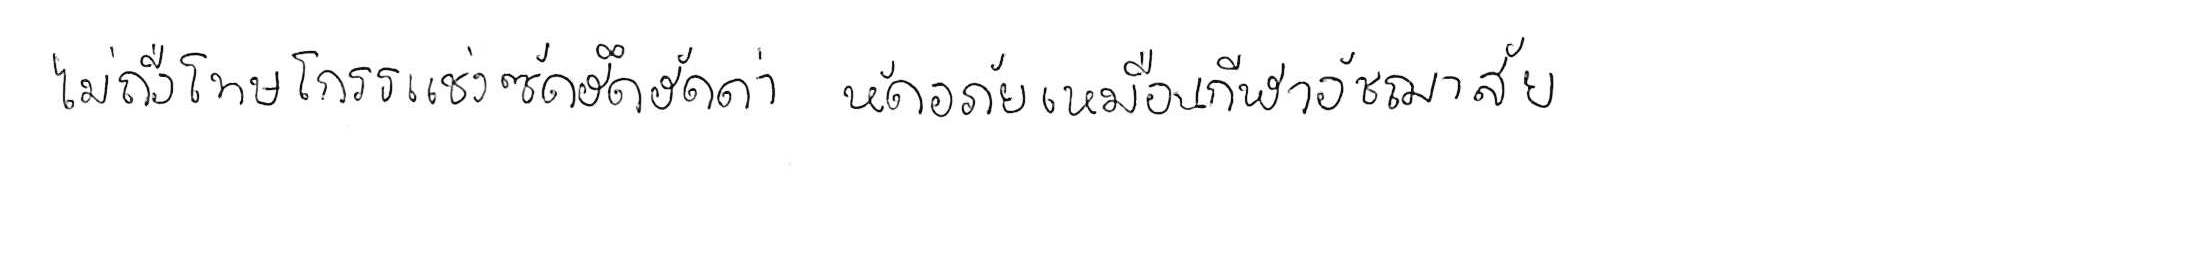
ไม่ถือโทษโกรธแช่งซัดฮึดฮัดด่า หัดอภัยเหมือนกีฬาอัชฌาสัย